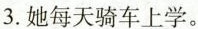
3.她每天骑车上学。